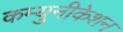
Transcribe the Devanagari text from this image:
कम्युनीकेशन